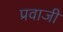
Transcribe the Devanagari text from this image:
प्रवाजी